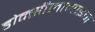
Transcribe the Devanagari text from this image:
डोक्सीलामाइन